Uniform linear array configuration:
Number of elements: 32
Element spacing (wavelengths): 0.5
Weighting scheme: hann
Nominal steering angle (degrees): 30
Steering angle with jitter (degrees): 28.046
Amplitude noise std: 0.05
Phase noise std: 0.05

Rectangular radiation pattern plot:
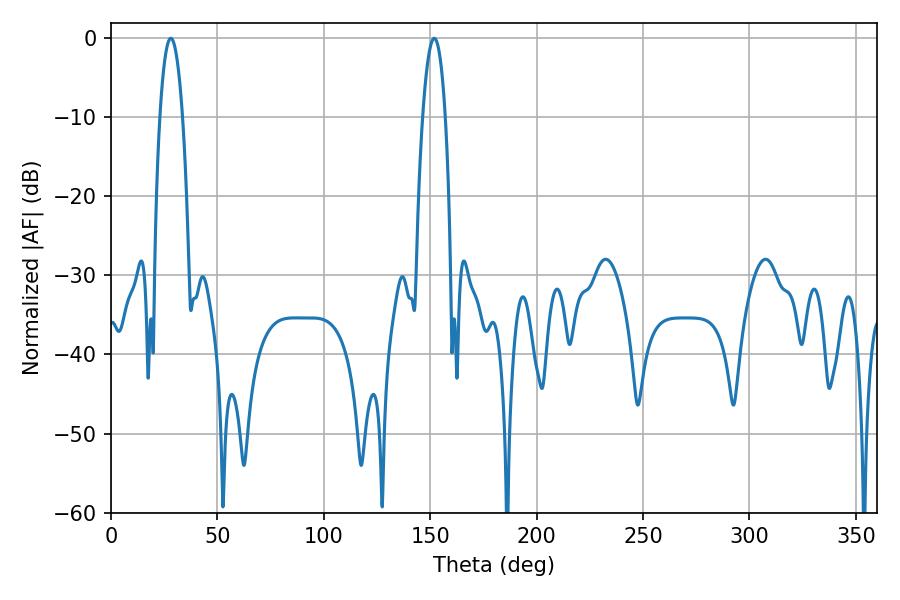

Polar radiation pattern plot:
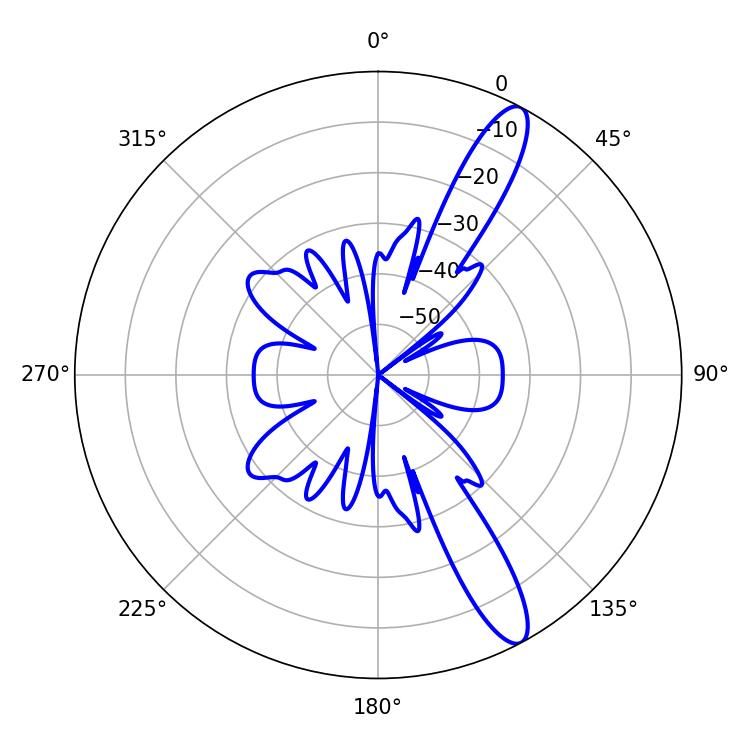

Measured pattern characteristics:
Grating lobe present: FALSE
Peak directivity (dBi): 12.832
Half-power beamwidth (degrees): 5.94
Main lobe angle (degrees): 28.08